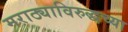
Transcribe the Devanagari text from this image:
मराठ्याविरुद्धच्या